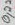
Text: 0,22